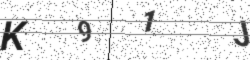
Text: K91J